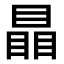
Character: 瞐